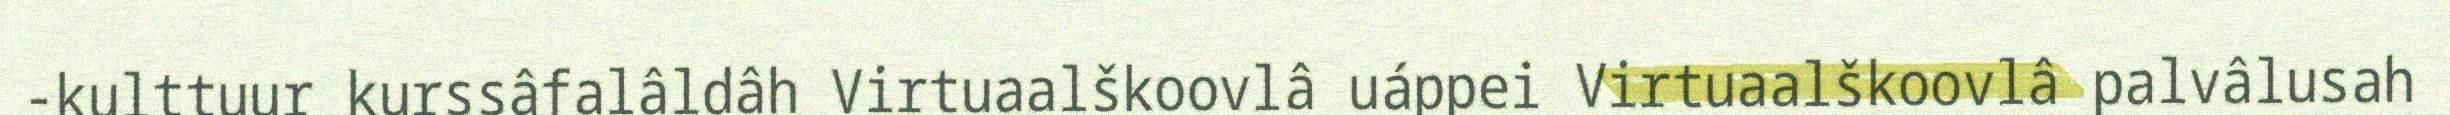
-kulttuur kurssâfalâldâh Virtuaalškoovlâ uáppei Virtuaalškoovlâ palvâlusah